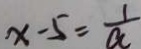
x - 5 = \frac { 1 } { \alpha }